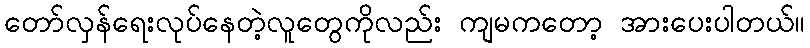
တော်လှန်ရေးလုပ်နေတဲ့လူတွေကိုလည်း ကျမကတော့ အားပေးပါတယ်။